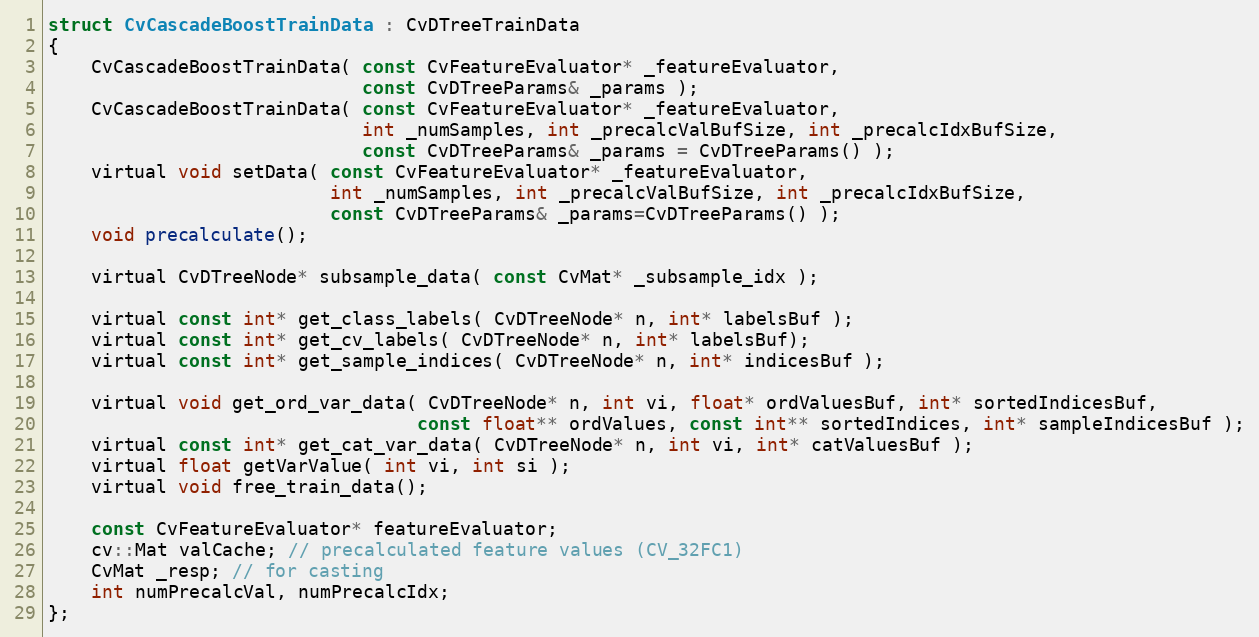
Language: C
struct CvCascadeBoostTrainData : CvDTreeTrainData
{
    CvCascadeBoostTrainData( const CvFeatureEvaluator* _featureEvaluator,
                             const CvDTreeParams& _params );
    CvCascadeBoostTrainData( const CvFeatureEvaluator* _featureEvaluator,
                             int _numSamples, int _precalcValBufSize, int _precalcIdxBufSize,
                             const CvDTreeParams& _params = CvDTreeParams() );
    virtual void setData( const CvFeatureEvaluator* _featureEvaluator,
                          int _numSamples, int _precalcValBufSize, int _precalcIdxBufSize,
                          const CvDTreeParams& _params=CvDTreeParams() );
    void precalculate();

    virtual CvDTreeNode* subsample_data( const CvMat* _subsample_idx );

    virtual const int* get_class_labels( CvDTreeNode* n, int* labelsBuf );
    virtual const int* get_cv_labels( CvDTreeNode* n, int* labelsBuf);
    virtual const int* get_sample_indices( CvDTreeNode* n, int* indicesBuf );

    virtual void get_ord_var_data( CvDTreeNode* n, int vi, float* ordValuesBuf, int* sortedIndicesBuf,
                                  const float** ordValues, const int** sortedIndices, int* sampleIndicesBuf );
    virtual const int* get_cat_var_data( CvDTreeNode* n, int vi, int* catValuesBuf );
    virtual float getVarValue( int vi, int si );
    virtual void free_train_data();

    const CvFeatureEvaluator* featureEvaluator;
    cv::Mat valCache; // precalculated feature values (CV_32FC1)
    CvMat _resp; // for casting
    int numPrecalcVal, numPrecalcIdx;
};